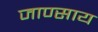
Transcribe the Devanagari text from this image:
जाण्साय